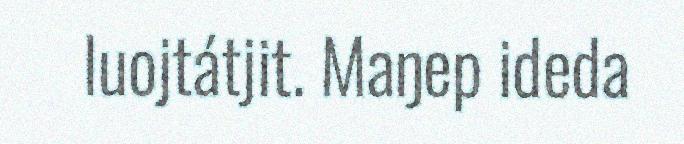
luojtátjit. Maŋep ideda